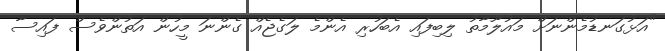
"އަޅުގަނޑުމެންނަށް މައުލޫމާތު ލިބިފައި އެބަހުރި އެންމެ ލަގެޖެއް ގެންނަ މީހުން އަތުންވެސް ފައިސާ